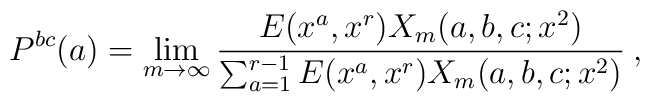
P^{bc}(a) = \lim_{m\to\infty} \frac{E(x^a,x^r) X_m(a,b,c;x^2)}{\sum_{a=1}^{r-1} E(x^a,x^r) X_m(a,b,c;x^2)} \: ,